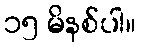
၁၅ မိနစ်ပါ။